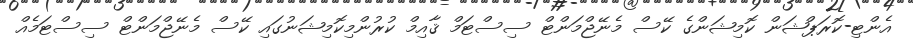
އެންޓި-ކޮރަޕްޝަން ކޮމިޝަންގެ ކޭސް މެނޭޖްމަންޓް ސިސްޓަމް ޤާއިމް ކުރުންމިކޮމިޝަނުގައި ކޭސް މެނޭޖްމަންޓް ސިސްޓަމެއް